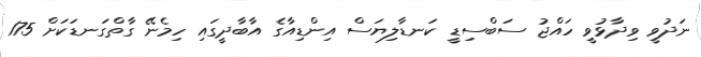
ނަދުވީ ވިދާޅުވީ ހައްޖު ސަބްސިޑީ ކަނޑާލިޔަސް އިންޑިއާގެ އާބާދީގައި ހިމެނޭ ގާތްގަނޑަކަށް 175